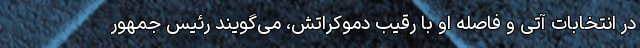
در انتخابات آتی و فاصله او با رقیب دموکراتش، می‌گویند رئیس جمهور